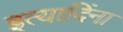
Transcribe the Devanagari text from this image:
इत्यादिंना